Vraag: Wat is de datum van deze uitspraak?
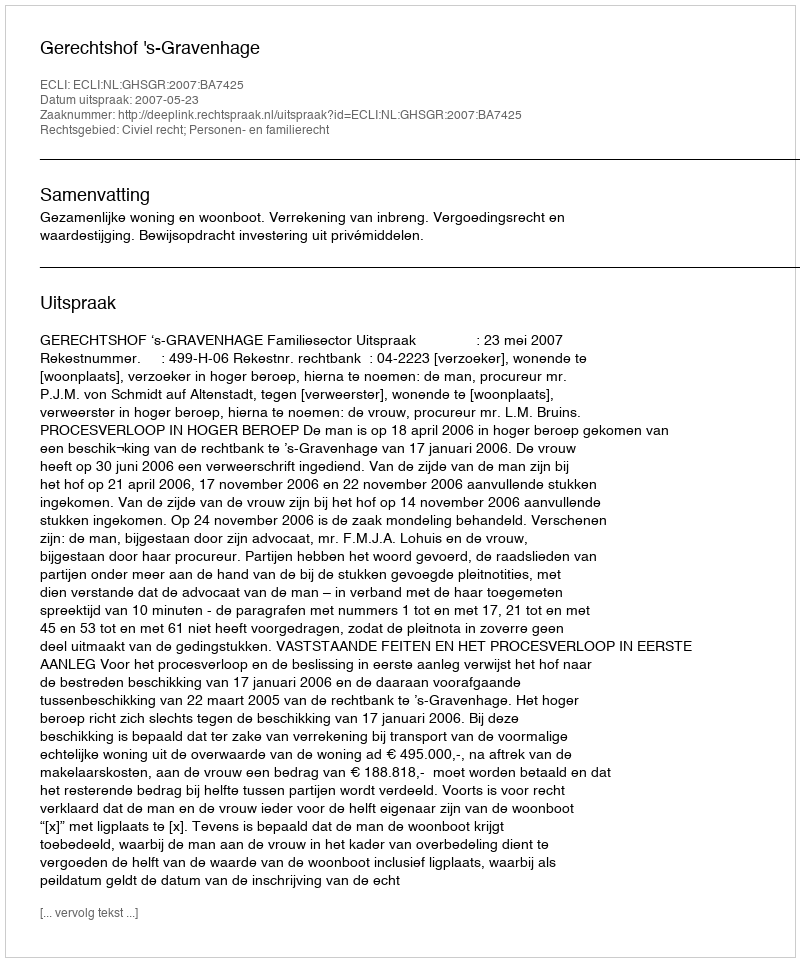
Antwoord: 2007-05-23